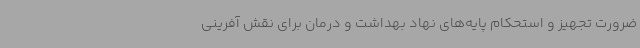
ضرورت تجهیز و استحکام پایه‌های نهاد بهداشت و درمان برای نقش آفرینی